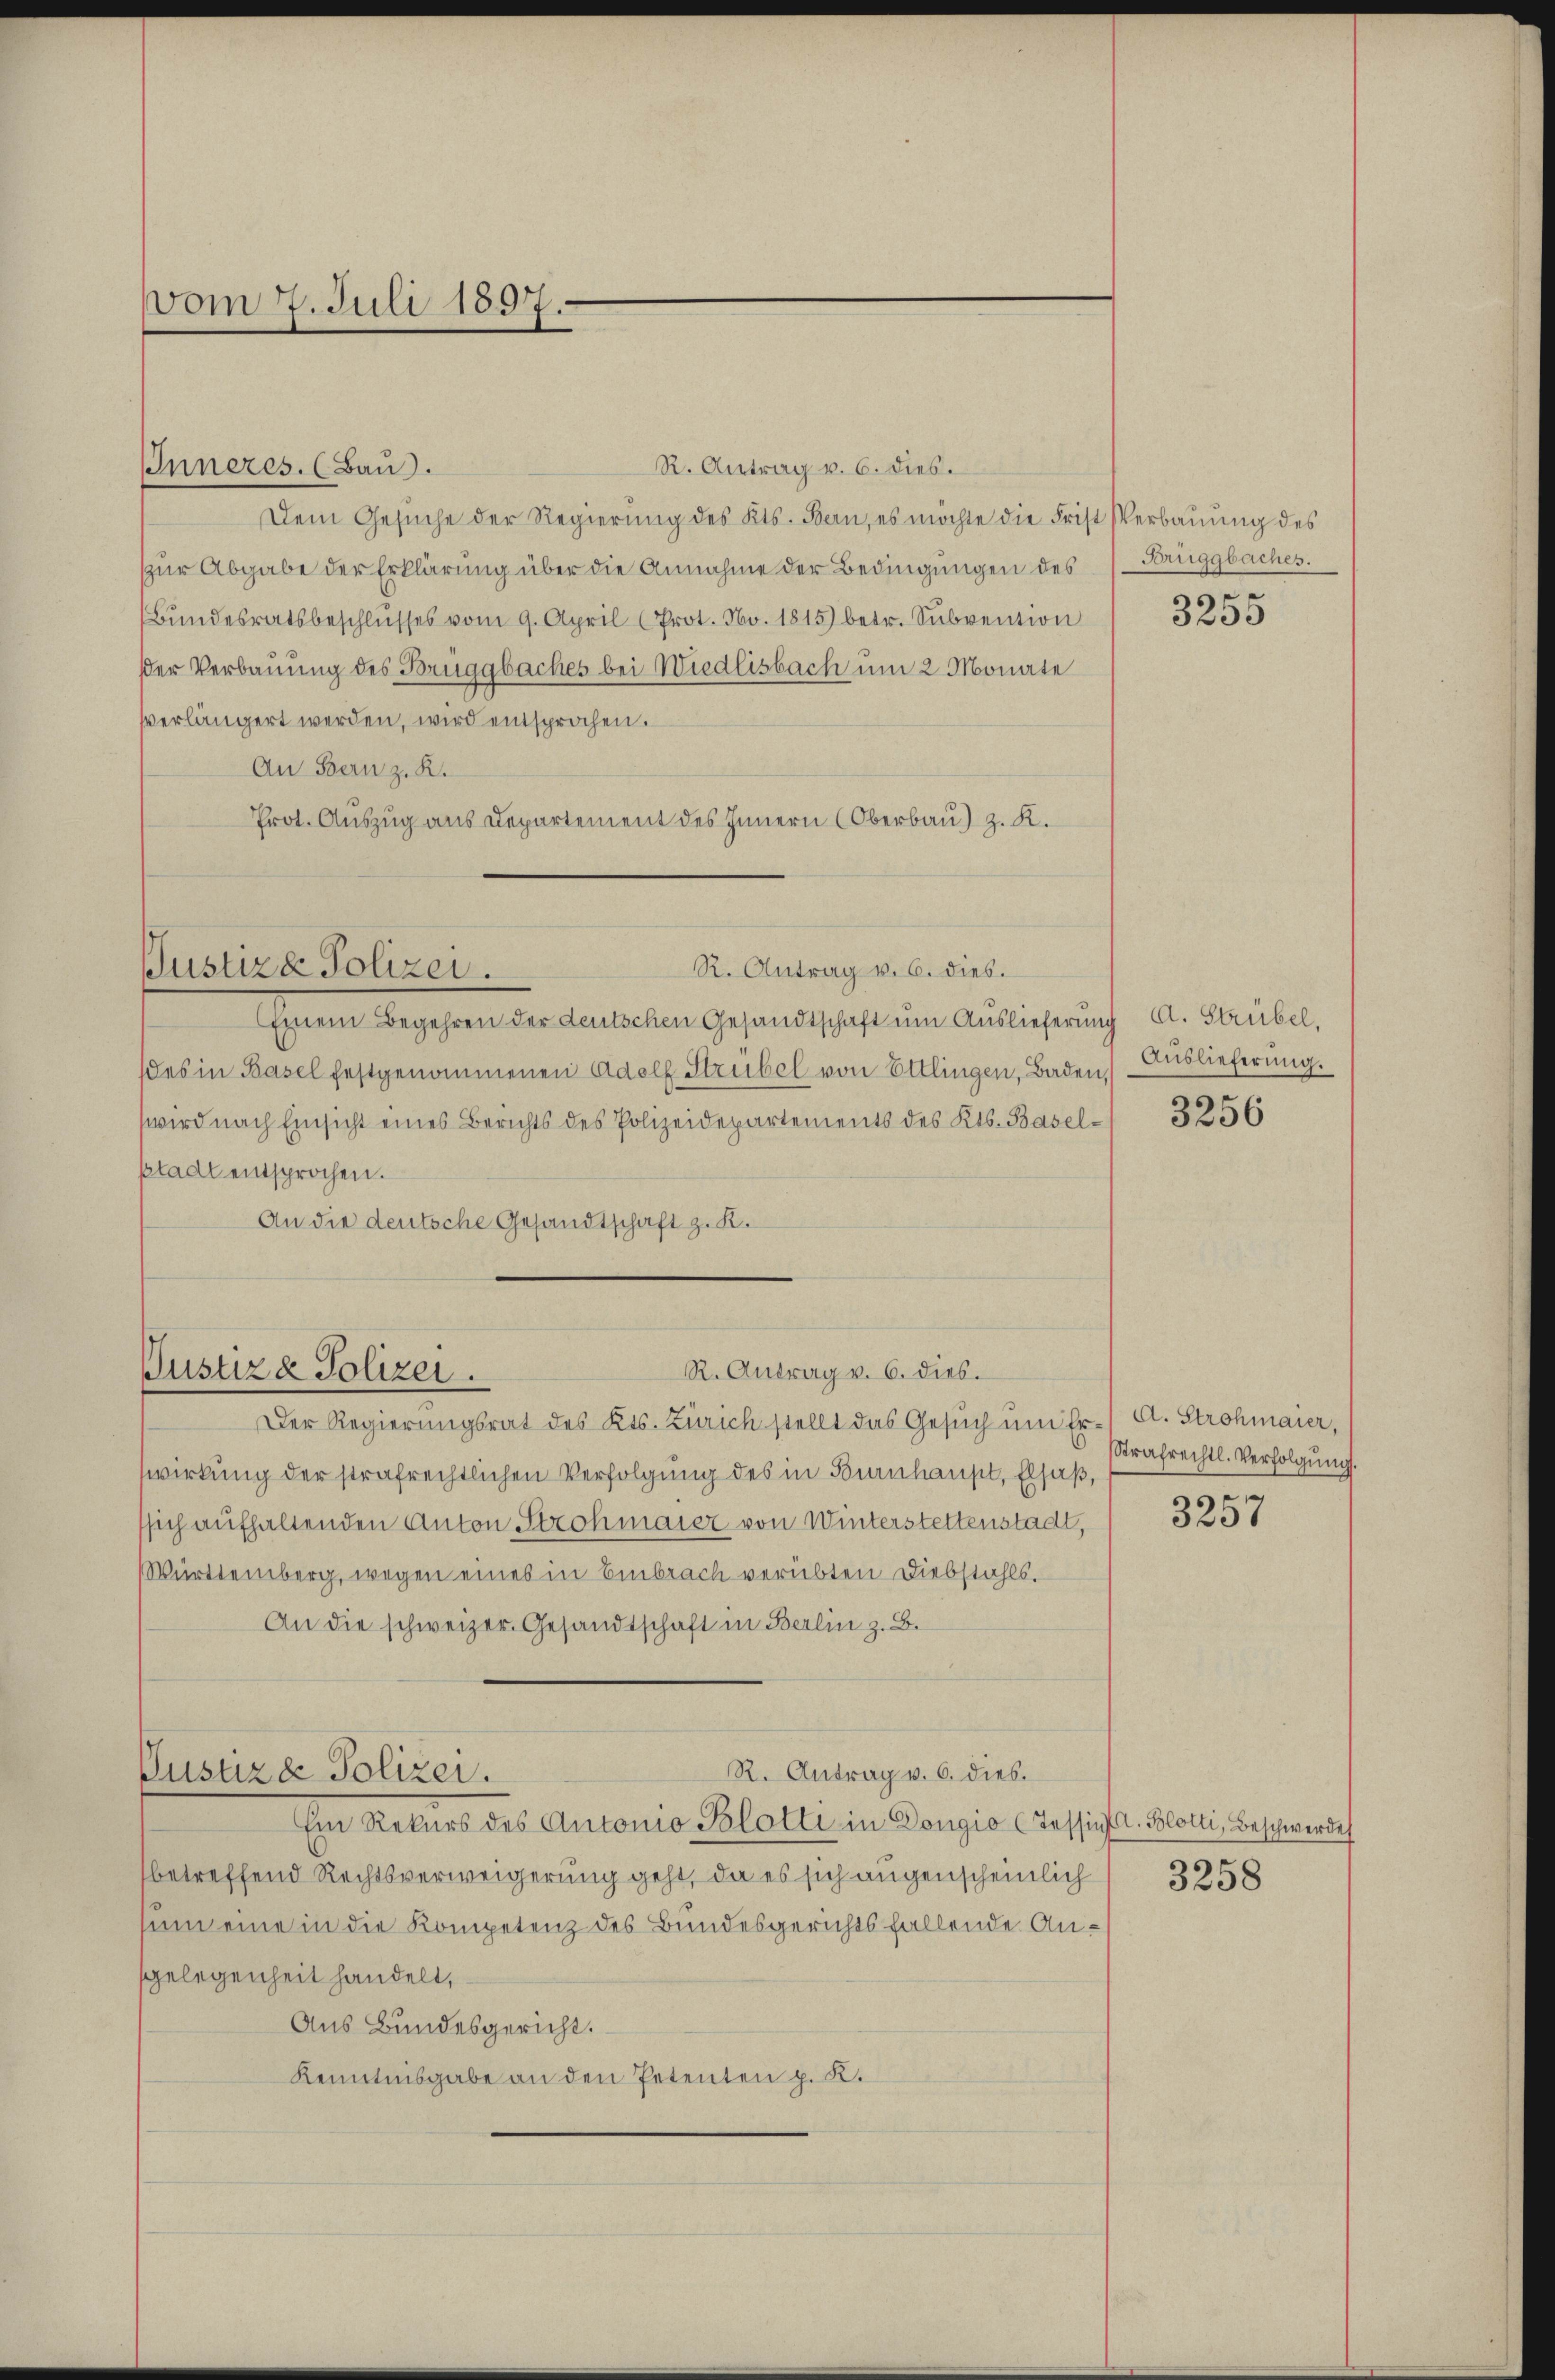
vom 7. Juli 1897.

IInneres. (Bau).

Dem Gesuche der Regierung des Kts. Bern, es möchte die Frist Verbauung des
zŭr Abgabe der Erklärung über die Annahme der Bedingungen des (Brüggbaches.
Bundesratsbeschlusses vom 9. April (Prot. No. 1815) betr. Subvention
der Verbauung des Bruggbaches bei Wiedlisbach um 2 Monate
verlängert werden, wird entsprochen.
An Bern z. K.
Prot. Auszug aus Departement des Innern (Oberbau) z. K.

R. Antrag v. 6. dies.

R. Antrag v. 6. dies.
Justiz & Polizei.

R. Antrag v. 6. dies.
Justiz & Polizei.

R. Antrag v. 6. dies.
Pusuza Polizei.

Einem Begehren der deutschen Gesandtschaft um Auslieferung A. Strebel,
des in Basel festgenommenen Adolf Strubel von Ettlingen, Baden,
wird nach Einsicht eines Berichts des Polizeidepartements des Kts. Baselstadt entsprochen.
An die deutsche Gesandtschaft z. K.

Der Regierungsrat des Kts. Zürich stellt das Gesŭch ŭm Er- A. Strohmaier,
wirkung der strafrechtlichen Verfolgung des in Burnhaupt, Elsaß,
ssich aufhaltenden Anton Strohmaier von Winterstettenstadt,
Württemberg, wegen eines in Embrach verübten Diebstahls.
An die schweizer. Gesandtschaft in Berlin z. B.

Ein Rekurs des Antonio Blotti in Dongio (Tessin. Blotti, Beschwerde
betreffend Rechtsverweigerung geht, da es sich augenscheinlich
um eine in die Kompetenz des Bundesgerichtsfallende Angelegenheit handelt,
Aus Bundesgericht.
Kenntnisgabe an den Petenten p. K.

3255

Auslieferung.

3256

Strafrechtl. Verfolgung.

3257

3258